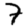
Digit: 7